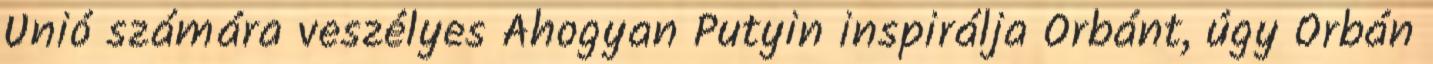
Unió számára veszélyes Ahogyan Putyin inspirálja Orbánt, úgy Orbán